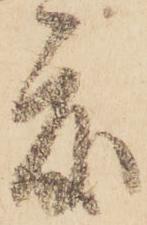
度